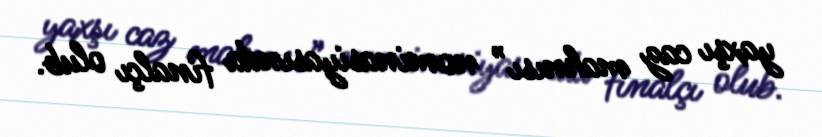
yaxşı caz mahnısı” nominasiyasında finalçı olub.